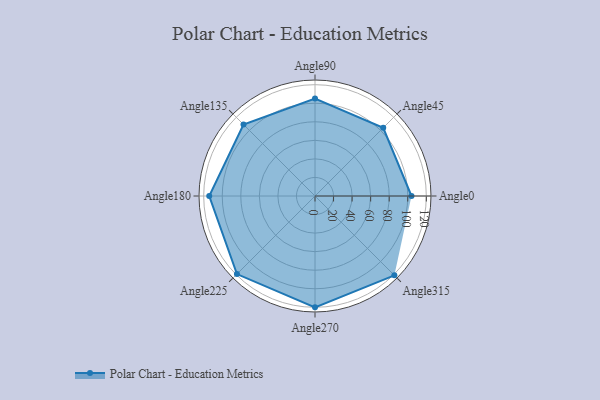
{"axis": {"x": "Angle", "y": "Radius"}, "legend": [""], "data": [{"x": "Angle0", "y": 104.0, "type": ""}, {"x": "Angle45", "y": 104.0, "type": ""}, {"x": "Angle90", "y": 105.0, "type": ""}, {"x": "Angle135", "y": 109.0, "type": ""}, {"x": "Angle180", "y": 114.0, "type": ""}, {"x": "Angle225", "y": 119.0, "type": ""}, {"x": "Angle270", "y": 120.0, "type": ""}, {"x": "Angle315", "y": 121.0, "type": ""}]}